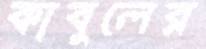
কাবুলের